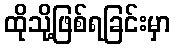
ထိုသို့ဖြစ်ရခြင်းမှာ